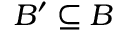
B ^ { \prime } \subseteq B